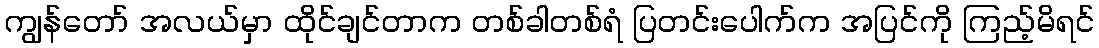
ကျွန်တော် အလယ်မှာ ထိုင်ချင်တာက တစ်ခါတစ်ရံ ပြတင်းပေါက်က အပြင်ကို ကြည့်မိရင်